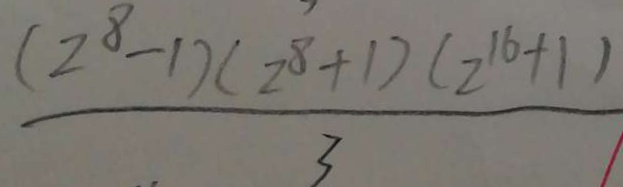
\frac { ( 2 ^ { 8 } - 1 ) ( 2 ^ { 8 } + 1 ) ( 2 ^ { 1 6 } + 1 ) } { 3 }